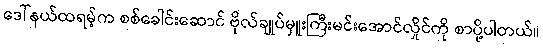
ဒေါ်နယ်ထရမ့်က စစ်ခေါင်းဆောင် ဗိုလ်ချုပ်မှူးကြီးမင်းအောင်လှိုင်ကို စာပို့ပါတယ်။